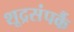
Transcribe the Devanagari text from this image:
शूद्रसंपर्कै